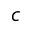
c